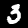
Label: 3